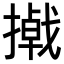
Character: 𪮮